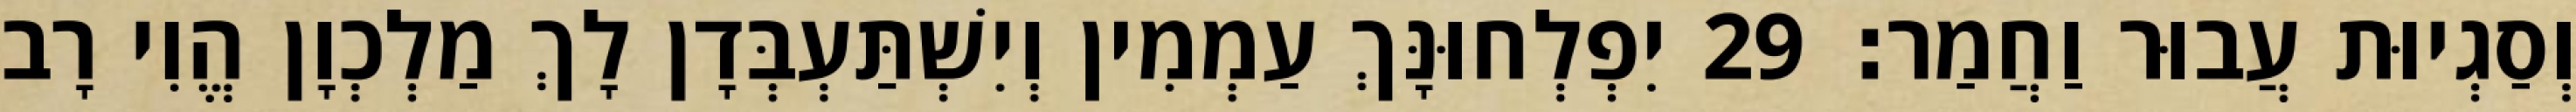
וְסַגְיוּת עֲבוּר וַחֲמַר׃ 29 יִפְלְחוּנָּךְ עַמְמִין וְיִשְׁתַּעְבְּדָן לָךְ מַלְכְוָן הֱוִי רָב